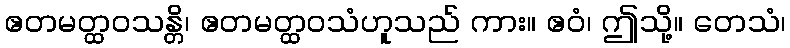
ဧတမတ္ထဝသန္တိ၊ ဧတမတ္ထဝသံဟူသည် ကား။ ဧဝံ၊ ဤသို့။ တေသံ၊